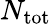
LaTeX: N_{\mathrm{tot}}